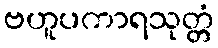
ဗဟူပကာရသုတ္တံ